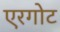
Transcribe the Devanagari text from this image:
एरगोट